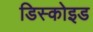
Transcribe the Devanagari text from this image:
डिस्कोइड